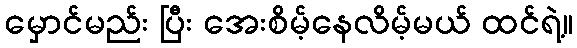
မှောင်မည်း ပြီး အေးစိမ့်နေလိမ့်မယ် ထင်ရဲ့။